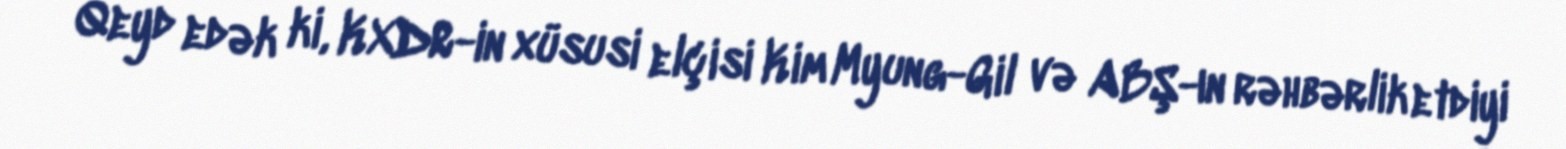
Qeyd edək ki, KXDR-in xüsusi elçisi Kim Myung-Gil və ABŞ-ın rəhbərlik etdiyi